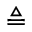
\triangleq